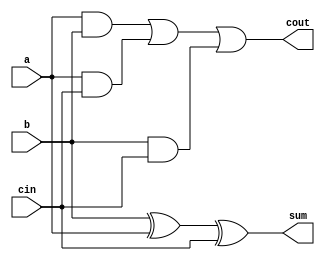
/* 
Name:Your Name 
File:FA.v
Description: This is a Full Adder
*/
module FA(a,b,cin,sum,cout);
	input a, b, cin;
	output sum, cout;
	wire w,w1,w2,w3;
	
	xor a0(w,b,a);
	xor a1(sum,w,cin);
	
	and a2(w1,a,b);
	and a3(w2,a,cin);
	and a4(w3,b,cin);
	or a5(cout,w1,w2,w3);
endmodule